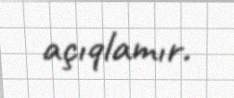
açıqlamır.